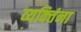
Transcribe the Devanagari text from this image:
व्यक्‍तिंना